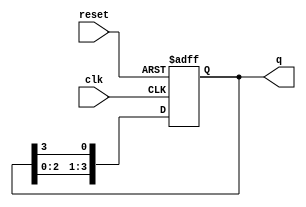
module async_ring_counter (
    input wire clk,          // Clock signal (not used for triggering in this design)
    input wire reset,        // Asynchronous reset signal
    output reg [N-1:0] q     // Output of the ring counter
);
    parameter N = 4;         // Number of flip-flops (states in the ring counter)

    // Asynchronous reset and state update
    always @(posedge clk or posedge reset) begin
        if (reset) begin
            q <= 1'b1;       // Reset to the first state (000...001)
        end else begin
            q <= {q[N-2:0], q[N-1]}; // Shift the '1' through the flip-flops
        end
    end
endmodule